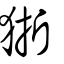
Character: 狾